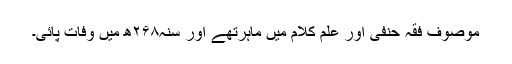
موصوف فقہ حنفی اور علم کلام میں ماہرتھے اور سنہ۲۶۸ھ میں وفات پائی۔